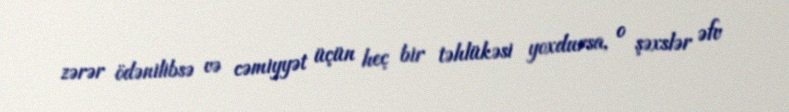
zərər ödənilibsə və cəmiyyət üçün heç bir təhlükəsi yoxdursa, o şəxslər əfv